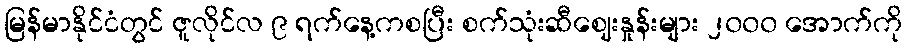
မြန်မာနိုင်ငံတွင် ဇူလိုင်လ ၉ ရက်နေ့ကစပြီး စက်သုံးဆီဈေးနှုန်းများ ၂၀၀၀ အောက်ကို